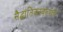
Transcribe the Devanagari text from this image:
सैद्घांतिकस्वरुपाचे